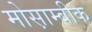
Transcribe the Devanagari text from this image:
मोस़ाम्बीक